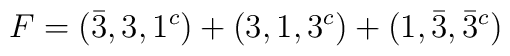
F=(\bar{3},3,1^{c})+(3,1,3^{c})+(1,\bar{3},\bar{3}^{c})